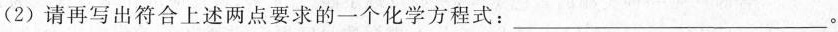
(2)请再写出符合上述两点要求的一个化学方程式：___。